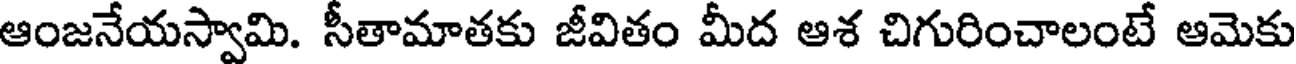
ఆంజనేయస్వామి. సీతామాతకు జీవితం మీద ఆశ చిగురించాలంటే ఆమెకు